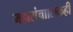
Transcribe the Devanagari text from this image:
महासंचाालकही